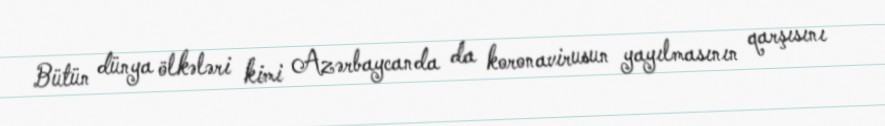
Bütün dünya ölkələri kimi Azərbaycanda da koronavirusun yayılmasının qarşısını